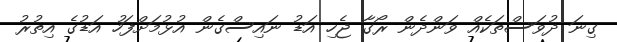
ގިނަ ދުވަސްތަކެއް ވަންދެން ރޯގާ ޖެހި އަޑު ނައިސްގެން އުޅުމަށްފަހު އަޑުގެ އިތުރު